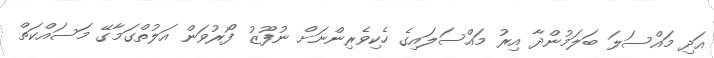
އަދި މައްސަލަ ބަލަމުންދާ އިރު މައްސަލައިގެ ހެކިވެރިންނަށް ނުފޫޒު ފޯރުވަން އަލުތްގަމާގޭ މަސައްކަތް